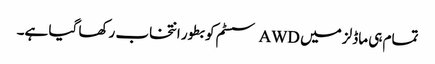
تمام ہی ماڈلز میں AWD سسٹم کو بطور انتخاب رکھا گیا ہے۔